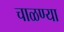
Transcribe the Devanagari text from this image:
चाळण्या